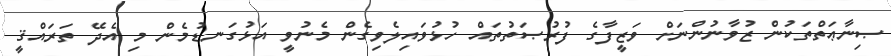
ޞިނާޢަތްތަކުން ޒުވާނުންނަށް ވަޒީފާގެ ފުރުޞަތުތައް ހުޅުވައިލެވިގެން މެނުވީ އަޅުގަނޑުމެން މި އެދޭ ތަރައްޤީ